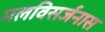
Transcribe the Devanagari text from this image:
मलविसर्जनास